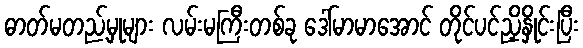
ဓာတ်မတည့်မှုများ လမ်းမကြီးတစ်ခု ဒေါ်မာမာအောင် တိုင်ပင်ညှိနှိုင်းပြီး